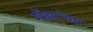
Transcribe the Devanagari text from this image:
मेंढरांच्या